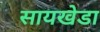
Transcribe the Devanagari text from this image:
सायखेडा